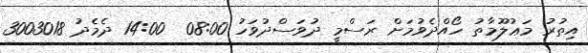
އިތުރު މަޢުލޫމާތު ހޯއްދެވުމަށް ރަސްމީ ދުވަސްދުވަހު 08:00  14:00 ދެމެދު 3003018